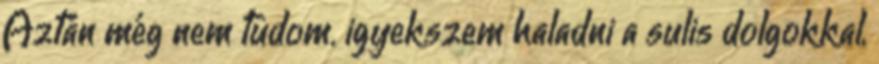
Aztán még nem tudom. igyekszem haladni a sulis dolgokkal,